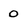
Character: 0